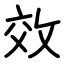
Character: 效